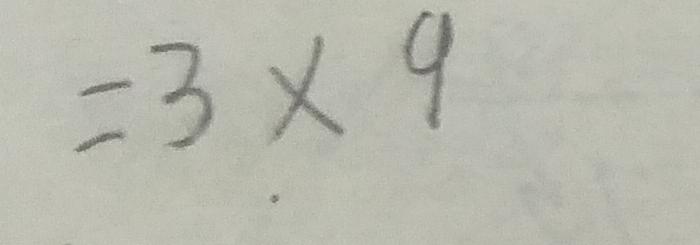
= 3 . \times 9